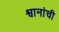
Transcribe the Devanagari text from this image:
श्वानांची